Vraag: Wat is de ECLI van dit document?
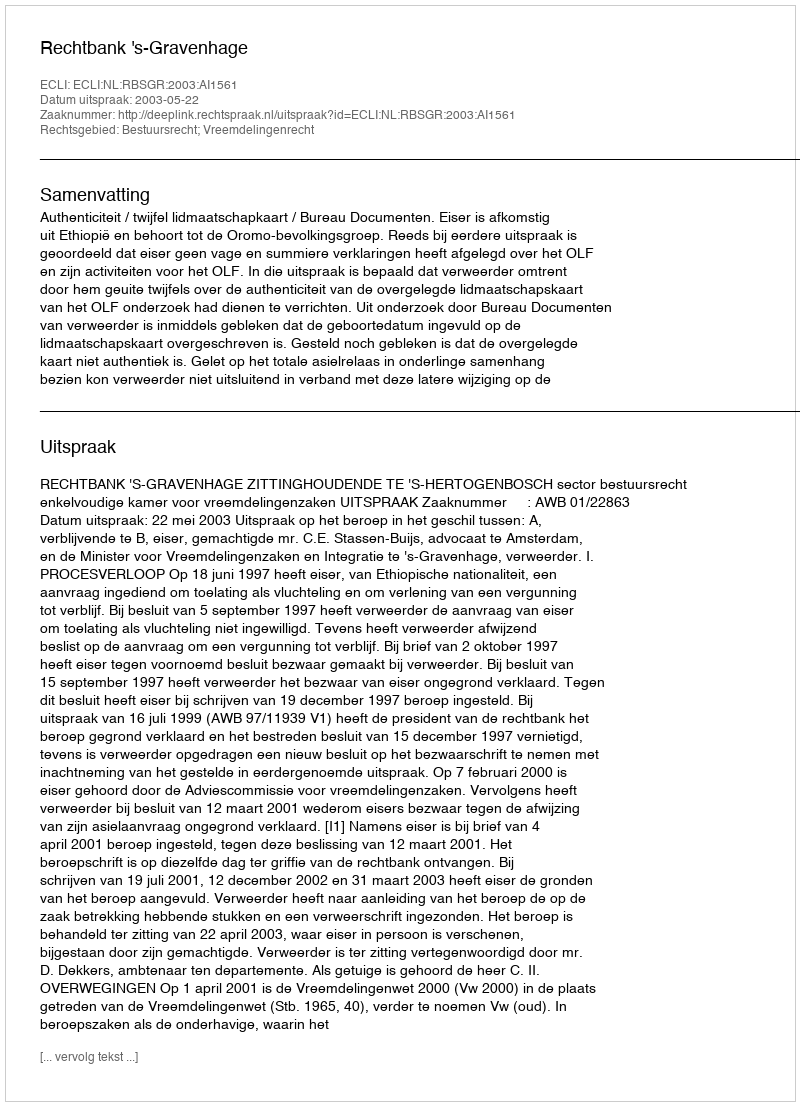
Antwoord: ECLI:NL:RBSGR:2003:AI1561